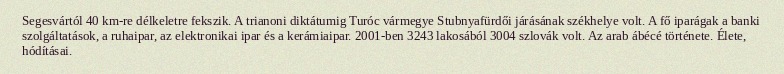
Segesvártól 40 km-re délkeletre fekszik. A trianoni diktátumig Turóc vármegye Stubnyafürdői járásának székhelye volt. A fő iparágak a banki szolgáltatások, a ruhaipar, az elektronikai ipar és a kerámiaipar. 2001-ben 3243 lakosából 3004 szlovák volt. Az arab ábécé története. Élete, hódításai.